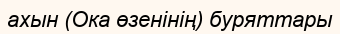
ахын (Ока өзенінің) буряттары